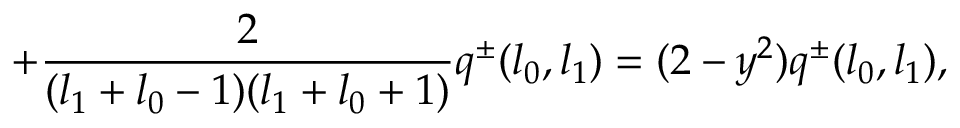
+ \frac { 2 } { ( l _ { 1 } + l _ { 0 } - 1 ) ( l _ { 1 } + l _ { 0 } + 1 ) } q ^ { \pm } ( l _ { 0 } , l _ { 1 } ) = ( 2 - y ^ { 2 } ) q ^ { \pm } ( l _ { 0 } , l _ { 1 } ) ,